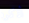
أذكره